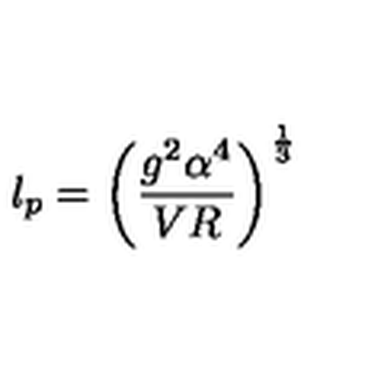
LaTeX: l _ { p } = \left( \frac { g ^ { 2 } \alpha ^ { 4 } } { V R } \right) ^ { \frac { 1 } { 3 } }